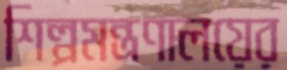
শিল্পমন্ত্রণালয়ের